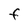
Character: F